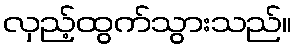
လှည့်ထွက်သွားသည်။